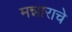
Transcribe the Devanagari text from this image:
मन्नाराचे